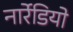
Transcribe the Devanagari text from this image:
नार्रेडियो